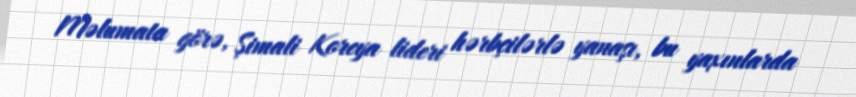
Məlumata görə, Şimali Koreya lideri hərbçilərlə yanaşı, bu yaxınlarda